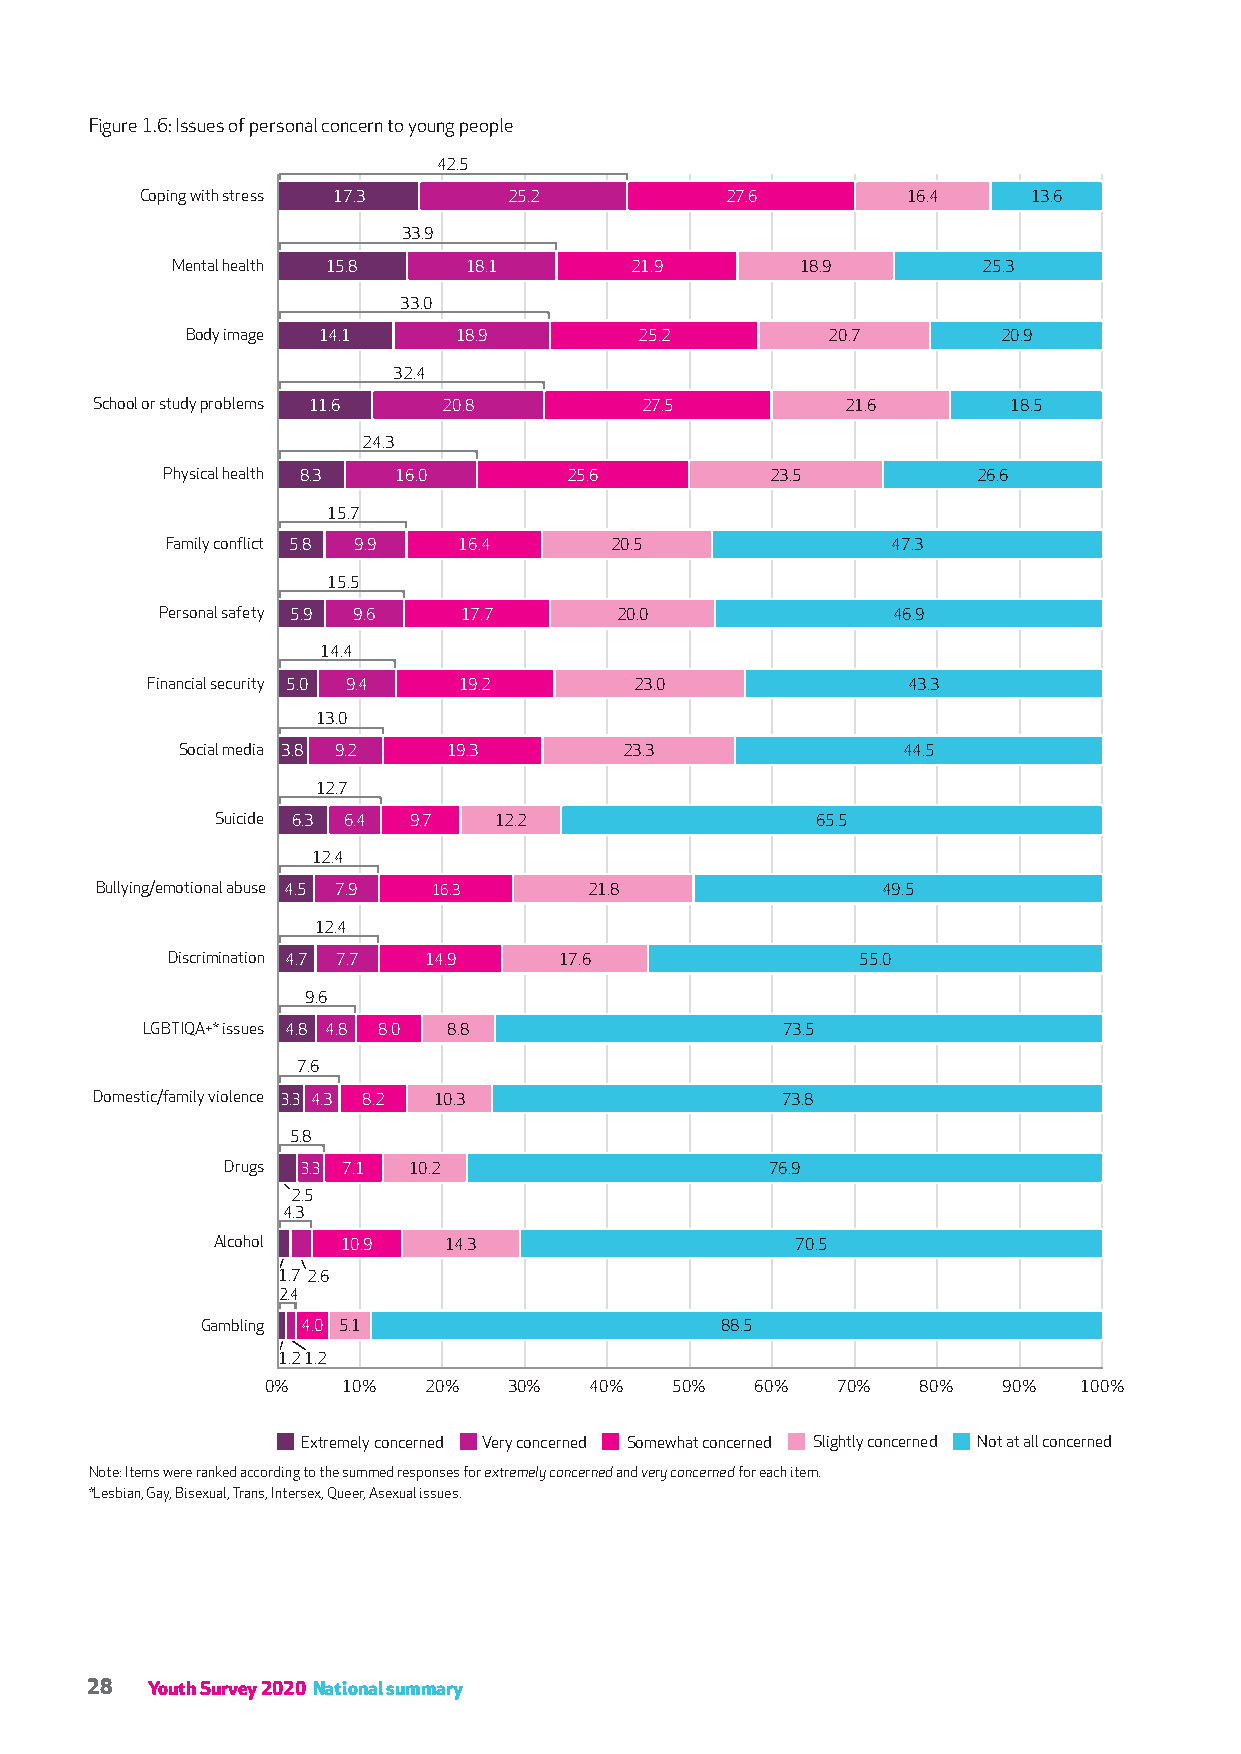
Figure 1.6: Issues of personal concern to young people
 42.5
 Coping with stress 17.3  25.2          27.6        16.4    13.6
 33.9
 Mental health 15.8  18.1       21.9       18.9        25.3
 33.0
 Body image 14.1   18.9        25.2         20.7       20.9
 32.4
 School or study problems 11.6 20.8  27.5          21.6       18.5
 24.3
 Physical health 8.3 16.0   25.6         23.5          26.6
 15.7
 Family conflict 5.8 9.9 16.4 20.5               47.3
 15.5
 Personal safety 5.9 9.6 17.7  20.0              46.9
 14.4
 Financial security 5.0 9.4 19.2 23.0              43.3
 13.0
 Social media 3.8 9.2 19.3    23.3               44.5
 12.7
 Suicide 6.3 6.4 9.7 12.2                65.5
 12.4
 Bullying/emotional abuse 4.5 7.9 16.3 21.8          49.5
 12.4
 Discrimination 4.7 7.7 14.9 17.6              55.0
 9.6
 LGBTIQA+* issues 4.8 4.8 8.0 8.8           73.5
 7.6
 Domestic/family violence 3.3 4.3 8.2 10.3     73.8
 5.8
 Drugs 3.3 7.1 10.2                  76.9
 2.5
 4.3
 Alcohol  10.9  14.3                    70.5
 1.7 2.6
 2.4
 Gambling 4.0 5.1                   88.5
 1.21.2
 0%   10%  20%   30%  40%   50%  60%  70%   80%  90%  100%
 Extremely concerned Very concerned Somewhat concerned Slightly concerned Not at all concerned
 Note: Items were ranked according to the summed responses for extremely concerned and very concerned for each item.
 *Lesbian, Gay, Bisexual, Trans, Intersex, Queer, Asexual issues.
 28  Youth Survey 2020 National summary